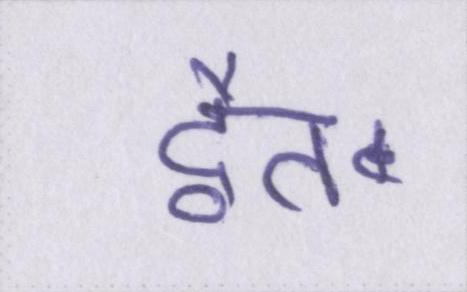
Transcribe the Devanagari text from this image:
द्वैत